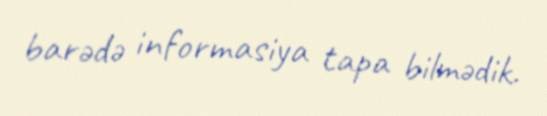
barədə informasiya tapa bilmədik.